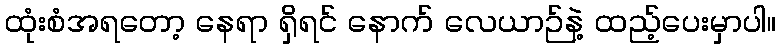
ထုံးစံအရတော့ နေရာ ရှိရင် နောက် လေယာဉ်နဲ့ ထည့်ပေးမှာပါ။